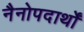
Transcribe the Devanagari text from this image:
नैनोपदार्थों